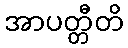
အာပတ္တီတိ